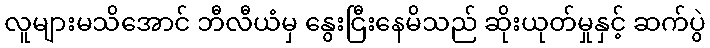
လူများမသိအောင် ဘီလီယံမှ နွေးငြီးနေမိသည် ဆိုးယုတ်မှုနှင့် ဆက်ပွဲ